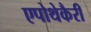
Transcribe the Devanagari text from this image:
एपोथेकैरी